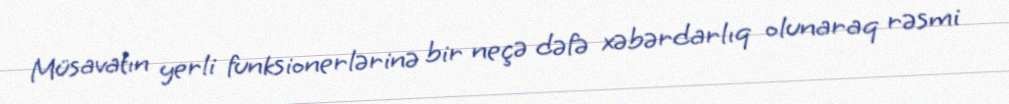
Müsavatın yerli funksionerlərinə bir neçə dəfə xəbərdarlıq olunaraq rəsmi